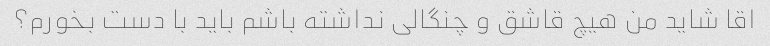
اقا شاید من هیچ قاشق و چنگالی نداشته باشم باید با دست بخورم؟